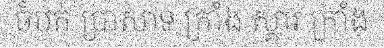
ចំបក់ ប្រាសាទ ក្រាំង ស្គារ ក្រាំង